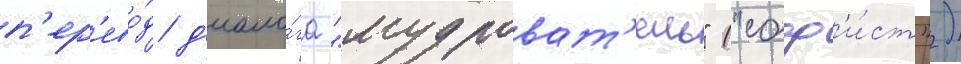
п'ер'ево́д д'иало́га "мудроват'ель" ("соф'и́ст")